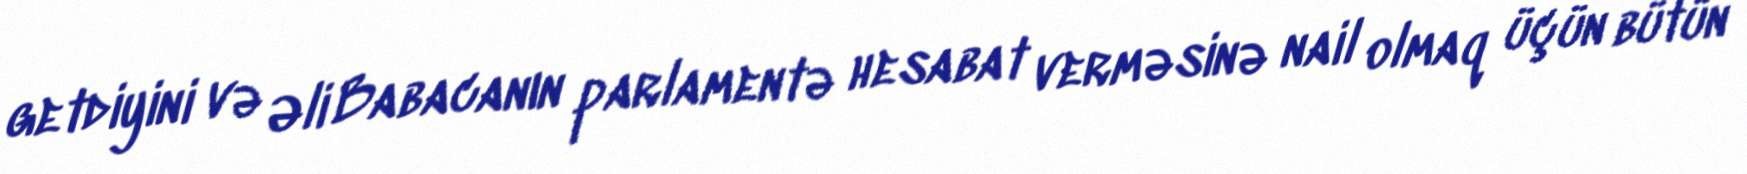
getdiyini və Əli Babacanın parlamentə hesabat verməsinə nail olmaq üçün bütün